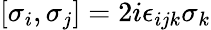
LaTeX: \left[\sigma_{i},\sigma_{j}\right]=2i\epsilon_{ijk}\sigma_{k}